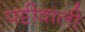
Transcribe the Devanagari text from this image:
पट्टीवाली